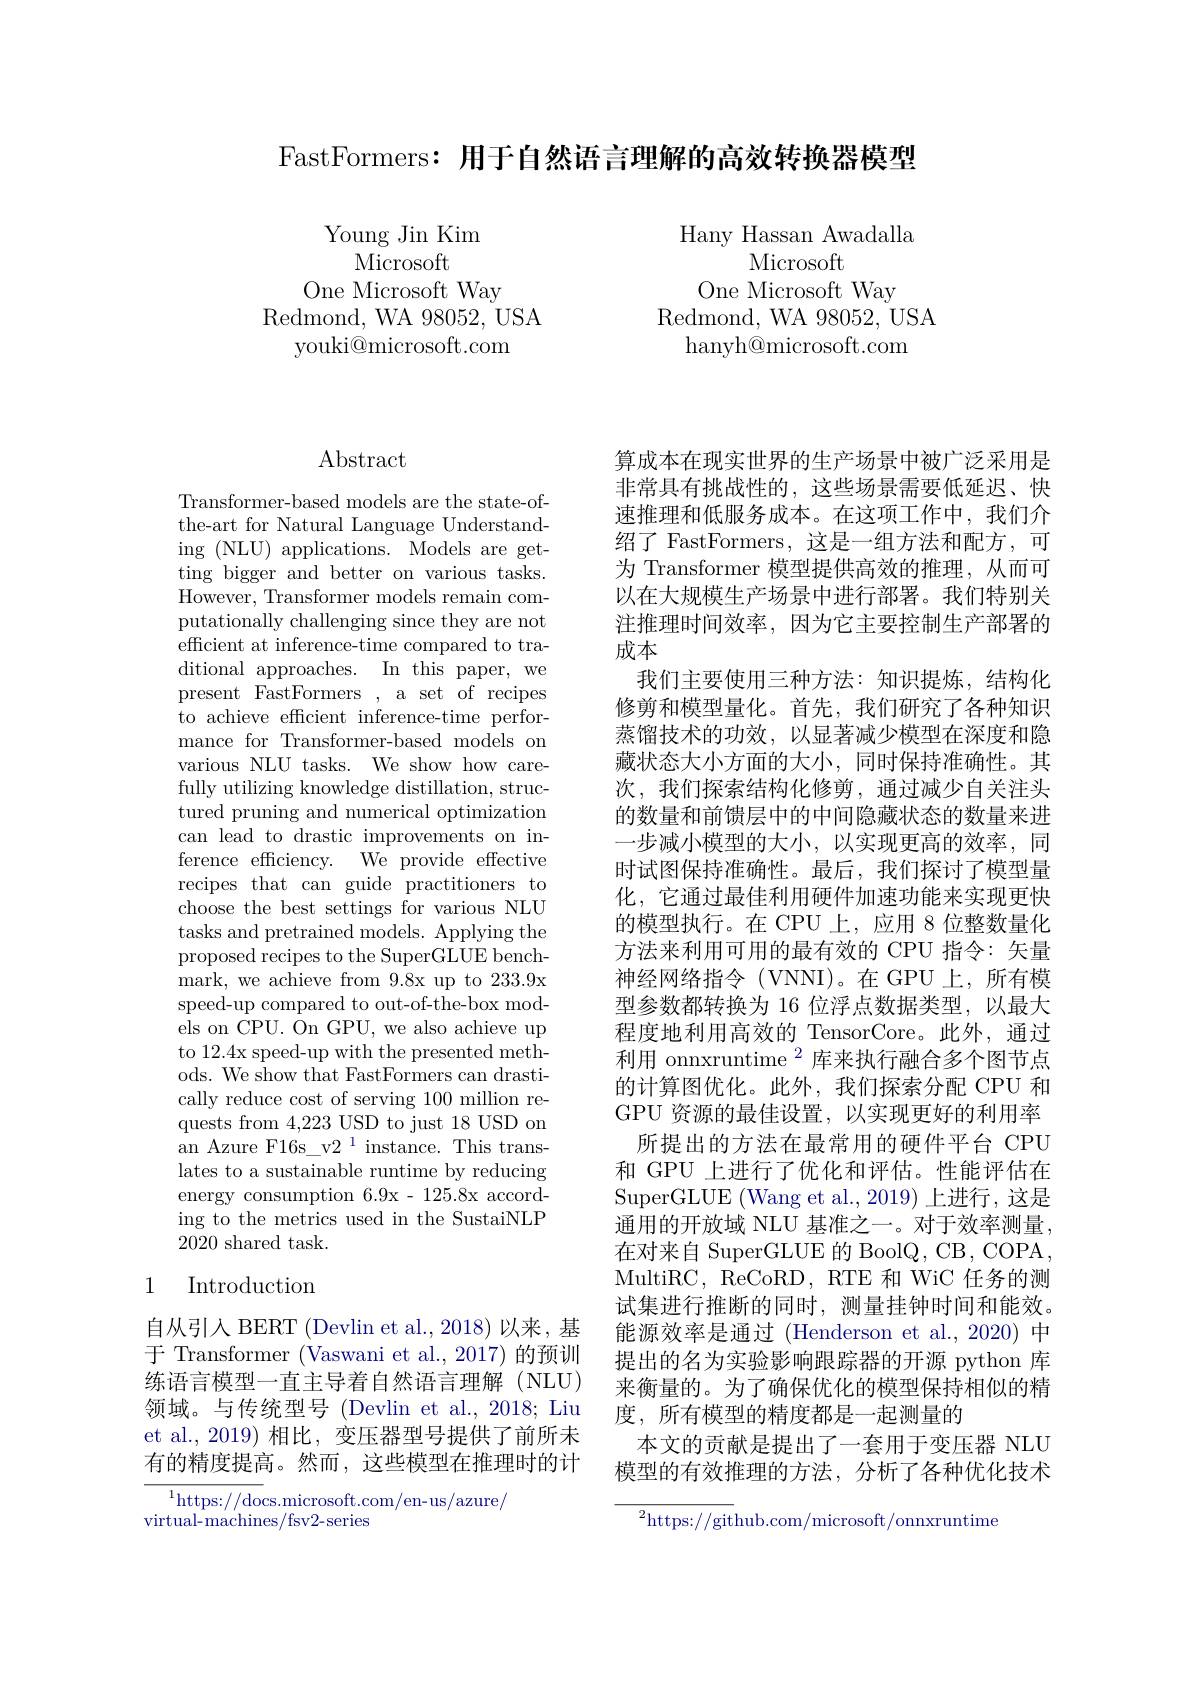
FastFormers: 用于自然语言理解的高效转换器模型

Young Jin Kim
Microsoft
One Microsoft Way
Redmond, WA 98052, USA
youki@microsoft.com

Hany Hassan Awadalla
Microsoft
One Microsoft Way
Redmond, WA 98052, USA
hanyh@ microsoft. com

## $\operatorname{Abstract}$

Transformer-based models are the state-ofthe-art for Natural Language Understanding (NLU) applications. Models are getting bigger and better on various tasks. However, Transformer models remain computationally challenging since they are not efficient at inference-time compared to traditional approaches. In this paper, we present FastFormers , a set of recipes to achieve efficient inference-time performance for Transformer-based models on various NLU tasks. We show how carefully utilizing knowledge distillation, structured pruning and numerical optimization can lead to drastic improvements on inference efficiency. We provide effective recipes that can guide practitioners to choose the best settings for various NLU tasks and pretrained models. Applying the proposed recipes to the SuperGLUE benchmark, we achieve from 9.8x up to 233.9x speed-up compared to out-of-the-box models on CPU. On GPU, we also achieve up to 12.4x speed-up with the presented methods. We show that FastFormers can drastically reduce cost of serving 100 million requests from 4,223 USD to just 18 USD on an Azure F16s\_v2$^{1}$instance.This translates to a sustainable runtime by reducing energy consumption 6.9x- 125.8x according to the metrics used in the SustaiNLP 2020 shared task.

## 1 Introduction

自从引入 BERT (Devlin et al.,2018) 以来，基于 Transformer (Vaswani et al.,2017) 的预训练语言模型一直主导着自然语言理解(NLU) 领域。与传统型号 (Devlin et al., 2018; Liu et al.,2019)相比，变压器型号提供了前所未有的精度提高。然而，这些模型在推理时的计

${\overline{{^{1}\text{https:}//\mathrm{docs.microsoft.com/en-us/azure/}}}}$
virtual-machines/fsv2-series

算成本在现实世界的生产场景中被广泛采用是非常具有挑战性的，这些场景需要低延迟、快速推理和低服务成本。在这项工作中，我们介绍了 FastFormers, 这是一组方法和配方，可为 Transformer 模型提供高效的推理，从而可以在大规模生产场景中进行部署。我们特别关注推理时间效率，因为它主要控制生产部署的成本
我们主要使用三种方法：知识提炼，结构化修剪和模型量化。首先，我们研究了各种知识蒸馏技术的功效，以显著减少模型在深度和隐藏状态大小方面的大小，同时保持准确性。其次，我们探索结构化修剪，通过减少自关注头的数量和前馈层中的中间隐藏状态的数量来进一步减小模型的大小，以实现更高的效率，同时试图保持准确性。最后，我们探讨了模型量化，它通过最佳利用硬件加速功能来实现更快的模型执行。在 CPU 上，应用 8 位整数量化方法来利用可用的最有效的 CPU 指令：矢量神经网络指令(VNNI)。在 GPU 上，所有模型参数都转换为 16 位浮点数据类型，以最大程度地利用高效的 TensorCore。此外，通过利用 onnxruntime $^{2}$库来执行融合多个图节点的计算图优化。此外，我们探索分配 CPU 和GPU 资源的最佳设置，以实现更好的利用率
所提出的方法在最常用的硬件平台 CPU 和 GPU 上进行了优化和评估。性能评估在SuperGLUE (Wang et al., 2019) 上进行，这是通用的开放域 NLU 基准之一。对于效率测量在对来自 SuperGLUE 的 BoolQ, CB , COPA MultiRC, ReCoRD, RTE 和 WiC 任务的测试集进行推断的同时，测量挂钟时间和能效。能源效率是通过 (Henderson et al., 2020) 中提出的名为实验影响跟踪器的开源 python 库来衡量的。为了确保优化的模型保持相似的精度，所有模型的精度都是一起测量的
本文的贡献是提出了一套用于变压器 NLU 模型的有效推理的方法，分析了各种优化技术

$^2$https://github.com/microsoft/onnxruntime